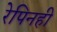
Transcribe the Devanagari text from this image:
रेपिनही